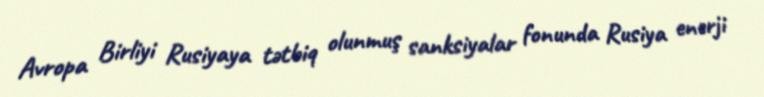
Avropa Birliyi Rusiyaya tətbiq olunmuş sanksiyalar fonunda Rusiya enerji